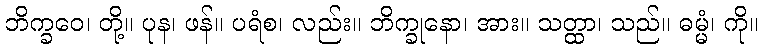
ဘိက္ခဝေ၊ တို့။ ပုန၊ ဖန်။ ပရံစ၊ လည်း။ ဘိက္ခုနော၊ အား။ သတ္ထာ၊ သည်။ ဓမ္မံ၊ ကို။